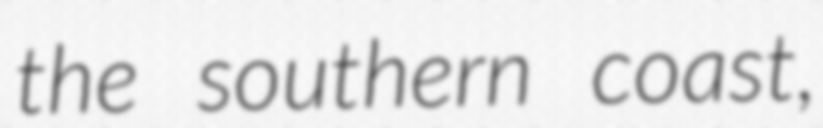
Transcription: the southern coast,